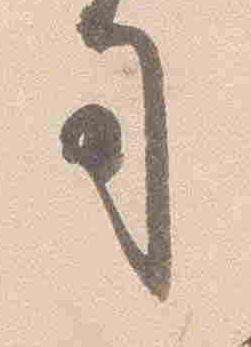
司